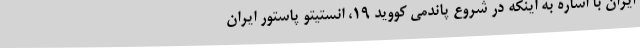
ایران با اشاره به اینکه در شروع پاندمی کووید ۱۹، انستیتو پاستور ایران